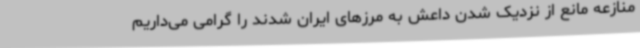
منازعه مانع از نزدیک شدن داعش به مرزهای ایران شدند را گرامی می‌داریم